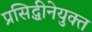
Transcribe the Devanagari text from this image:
प्रसिद्धीनेयुक्त